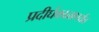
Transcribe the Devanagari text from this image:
प्रदीर्घकाळापर्यंत